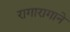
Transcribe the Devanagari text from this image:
रागारागाने